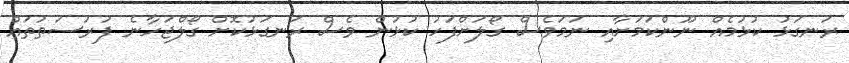
ރަނގަޅު ކުޅުމެއް ނޫންކަމަށާއި ނަމަވެސް ގޯލަށްފަހު ކުޅުން ވެސް ރަނގަޅުކޮށް ގޯލްޖަހާނެ ފުރުސަތުތައް